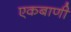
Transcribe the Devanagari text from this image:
एकबाणी